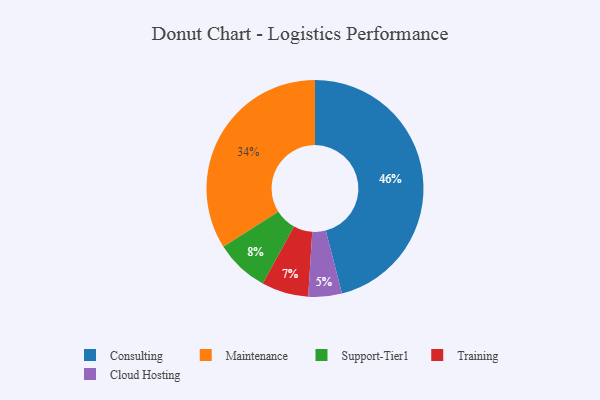
{"axis": {"x": "Category", "y": "Percentage"}, "legend": ["Cloud Hosting", "Consulting", "Maintenance", "Support-Tier1", "Training"], "data": [{"x": "Maintenance", "y": 34, "type": "Maintenance"}, {"x": "Consulting", "y": 46, "type": "Consulting"}, {"x": "Cloud Hosting", "y": 5, "type": "Cloud Hosting"}, {"x": "Support-Tier1", "y": 8, "type": "Support-Tier1"}, {"x": "Training", "y": 7, "type": "Training"}]}